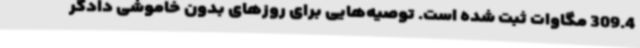
309.4 مگاوات ثبت شده است. توصیه‌هایی برای روزهای بدون خاموشی دادگر